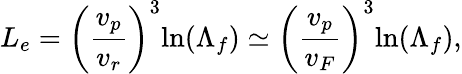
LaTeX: L_{e}=\left(\frac{v_{p}}{v_{r}}\right)^{3}\mathrm{ln}(\Lambda_{f})\simeq\left(\frac{v_{p}}{v_{F}}\right)^{3}\mathrm{ln}(\Lambda_{f}),